Scottish Leaving Certificate Examination, 1961
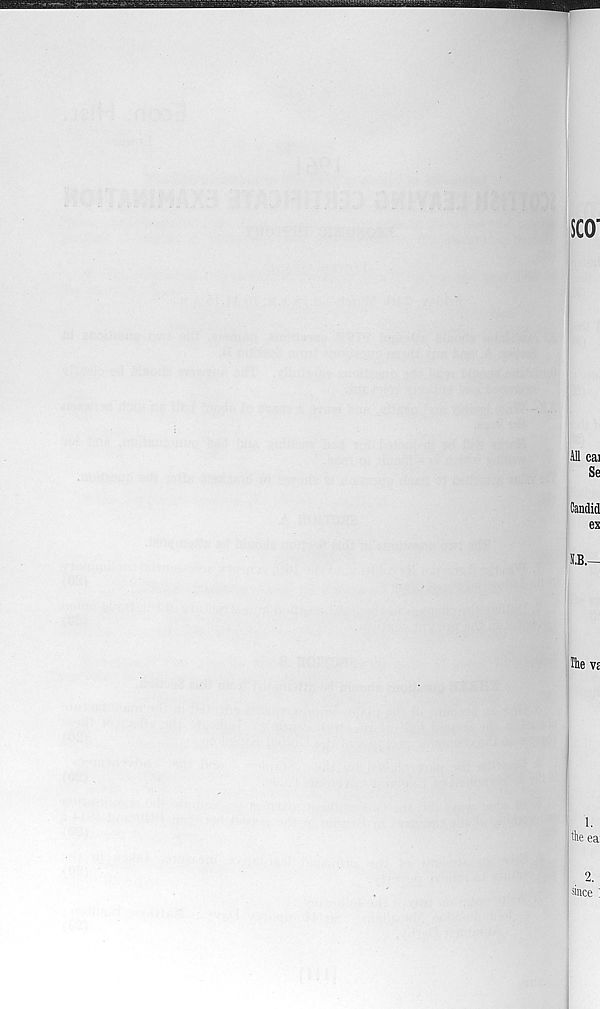
SCO
All cai
Se
Candid
ex
N.B.—
The ve
1.
the ea
2.
since :